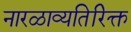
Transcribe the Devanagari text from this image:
नारळाव्यतिरिक्त